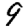
Digit: 9